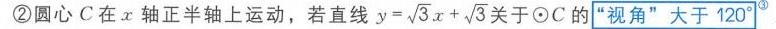
\textcircled{2}圆心\(C\)在\(x\)轴正半轴上运动，若直线\(y = \sqrt{3}x+\sqrt{3}\)关于\(\odot C\)的“视角”大于\(120^{\circ}\)